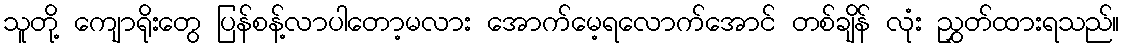
သူတို့ ကျောရိုးတွေ ပြန်စန့်လာပါတော့မလား အောက်မေ့ရလောက်အောင် တစ်ချိန် လုံး ညွှတ်ထားရသည်။